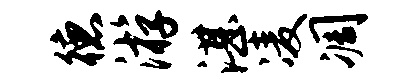
德游湛凌凋